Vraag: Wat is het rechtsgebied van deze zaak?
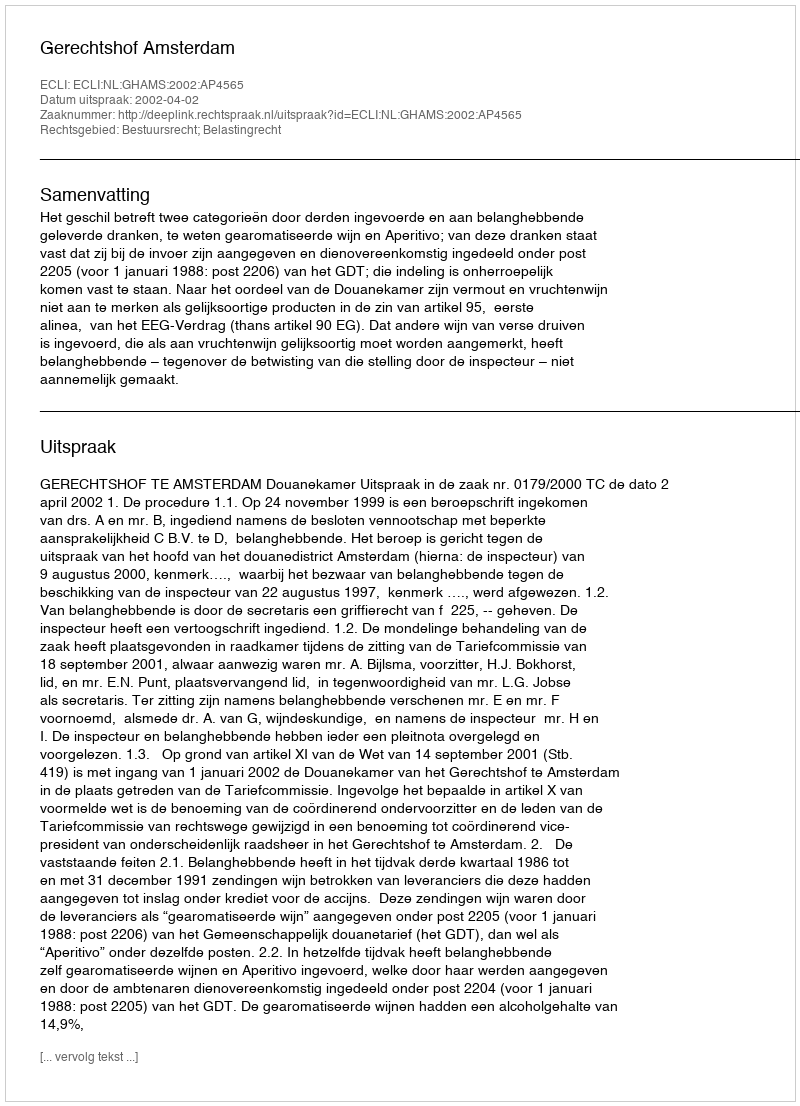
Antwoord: Bestuursrecht; Belastingrecht